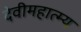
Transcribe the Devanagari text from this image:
देवीमहात्म्य